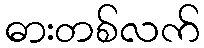
ဓားတစ်လက်